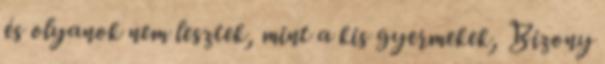
és olyanok nem lesztek, mint a kis gyermekek, Bizony